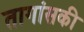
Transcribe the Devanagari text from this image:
तागांसकी